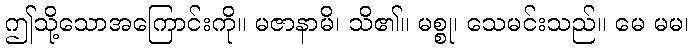
ဤသို့သောအကြောင်းကို။ မဇာနာမိ၊ သိ၏။ မစ္စု၊ သေမင်းသည်။ မေ မမ၊